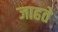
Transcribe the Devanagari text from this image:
जाहते